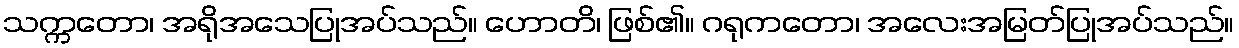
သက္ကတော၊ အရိုအသေပြုအပ်သည်။ ဟောတိ၊ ဖြစ်၏။ ဂရုကတော၊ အလေးအမြတ်ပြုအပ်သည်။